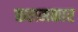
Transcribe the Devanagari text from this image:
कलमकार